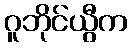
ဂူဘိုင်ယွီက